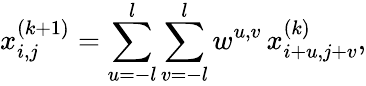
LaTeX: x_{i,j}^{(k+1)}=\sum_{u=-l}^{l}\sum_{v=-l}^{l}w^{u,v}\, x_{i+u,j+v}^{(k)},